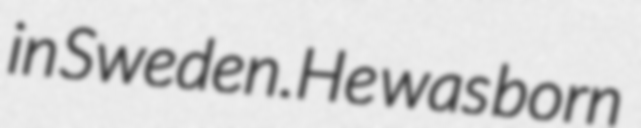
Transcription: in Sweden.He was born